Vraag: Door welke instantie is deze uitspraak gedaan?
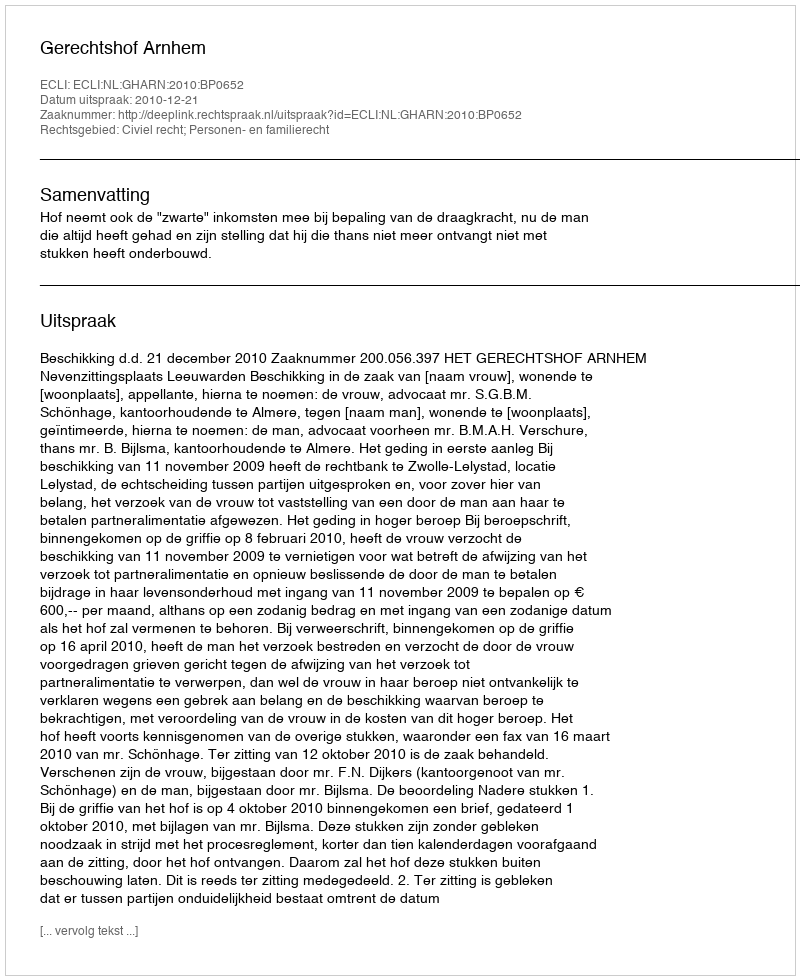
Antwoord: Gerechtshof Arnhem